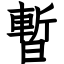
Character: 暫